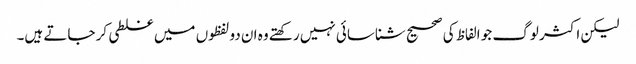
لیکن اکثر لوگ جو الفاظ کی صحیح شناسائی نہیں رکھتے وہ ان دو لفظوں میں غلطی کر جاتے ہیں۔